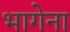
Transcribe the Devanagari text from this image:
भागेना